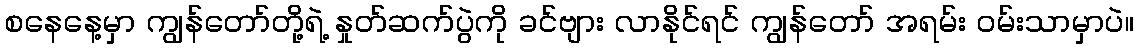
စနေနေ့မှာ ကျွန်တော်တို့ရဲ့ နှုတ်ဆက်ပွဲကို ခင်ဗျား လာနိုင်ရင် ကျွန်တော် အရမ်း ဝမ်းသာမှာပဲ။